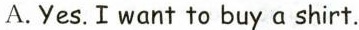
A.Yes.I want to buy a shirt.